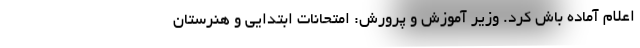
اعلام آماده باش کرد. وزیر آموزش و پرورش: امتحانات ابتدایی و هنرستان